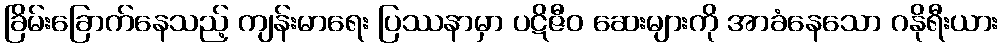
ခြိမ်းခြောက်နေသည့် ကျန်းမာရေး ပြဿနာမှာ ပဋိဇီဝ ဆေးများကို အာခံနေသော ဂနိုရီးယား